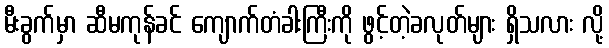
မီးခွက်မှာ ဆီမကုန်ခင် ကျောက်တံခါးကြီးကို ဖွင့်တဲ့ခလုတ်များ ရှိသလား လို့